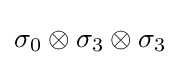
\sigma _{0}\otimes \sigma _{3}\otimes \sigma _{3}